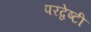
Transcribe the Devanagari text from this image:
परद्वेष्टी